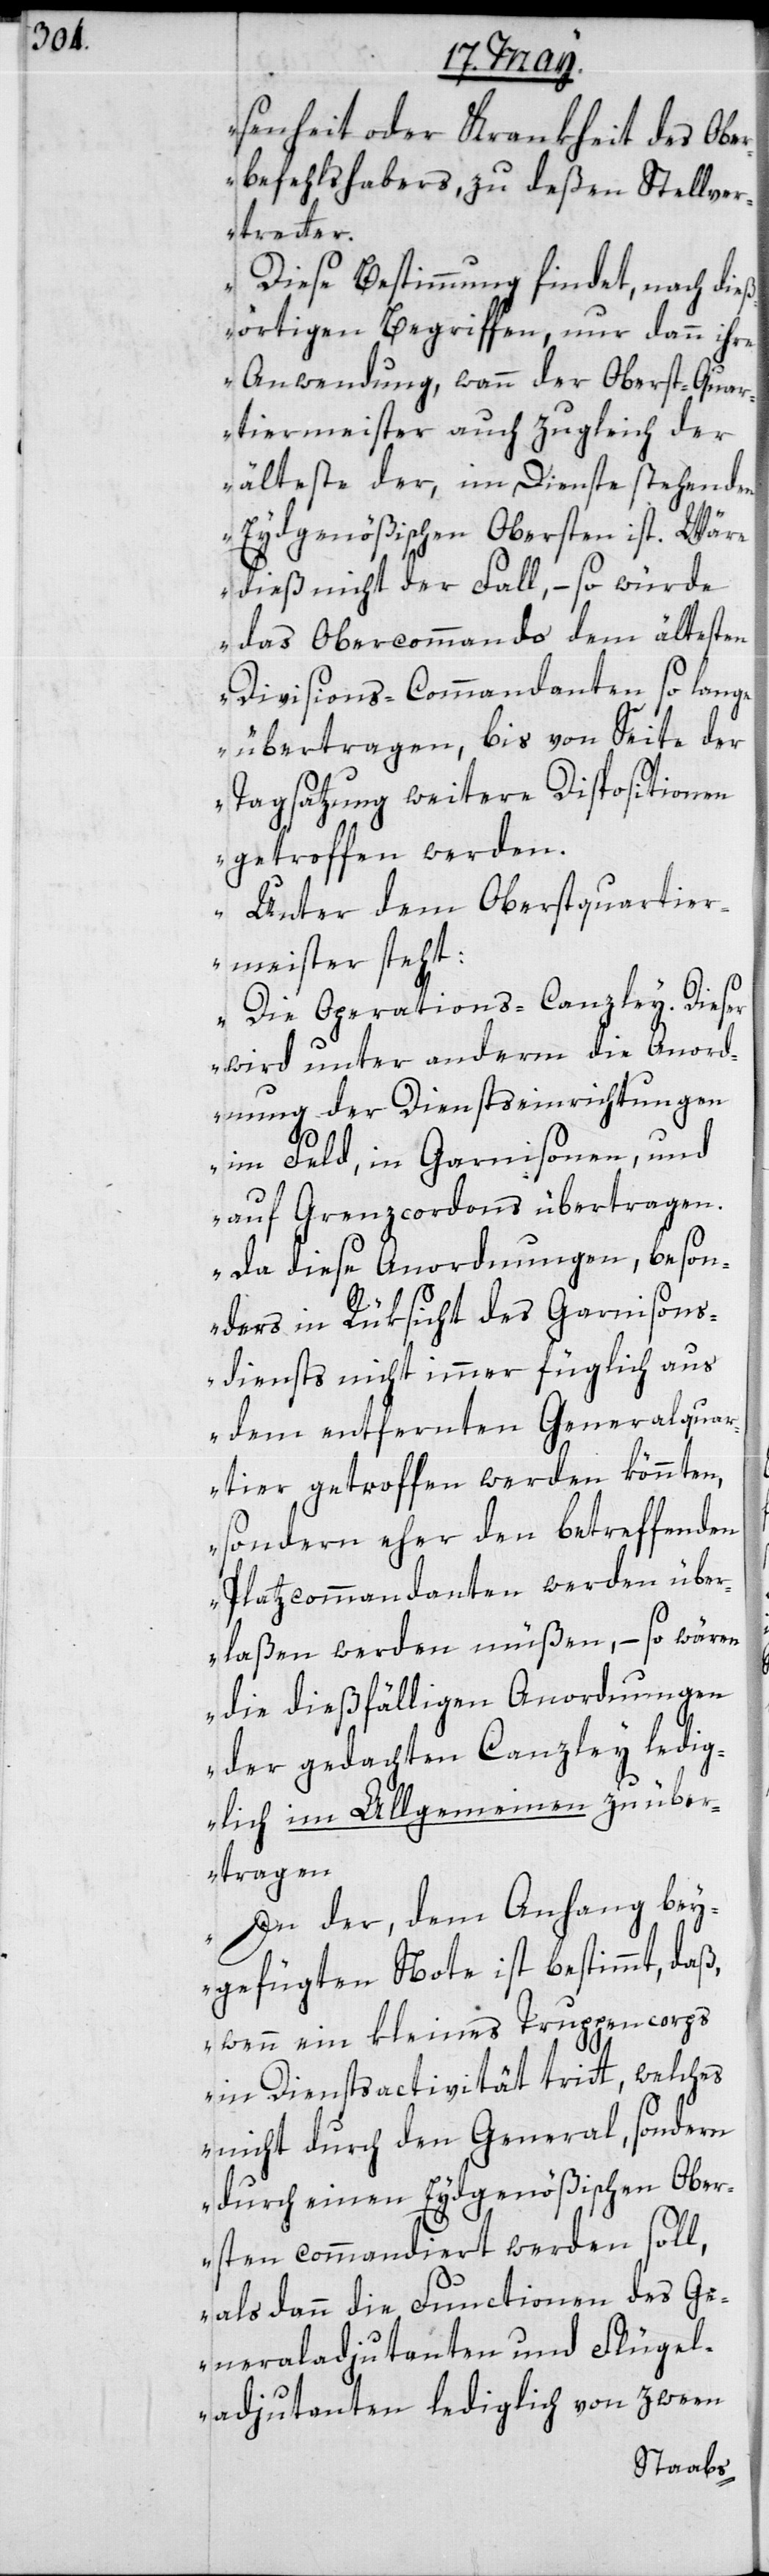
esenheit oder Krankheit des Obe¬
rbefehlshabers, zu deßen Stellver¬
treter.
Diese Bestimmung findet, nach die¬
ßörtigen Begriffen nur dann ihre
Anwendung, wann der Oberst-Quar¬
tiermeister auch zugleich der
älteste der, im Dienste stehenden
Eydgenößischen Obersten ist. Wäre
dieß nicht der Fall, – so würde
das Obercommando dem ältesten
Division-Commandanten so lange
übertragen, bis von Seite der
Tagsatzung weitere Dispositionen
getroffen werden.
Unter dem Oberstquartier¬
w¬
meister steht:
Die Operations-Canzley. Dieser
wird unter anderem die Anord¬
nung der Diensteinrichtungen
im Feld, in Garnisonen, und
auf Grenzcordons übertragen.
Da diese Anordnungen, beson¬
ders in Rüksicht des Garnison¬
sdiensts nicht immer füglich aus
dem entfernten Generalquar¬
tier getroffen werden könnten,
sondern eher den betreffenden
Platzcommandanten werden über¬
laßen werden müßen, – so wären
die dießfälligen Anordnungen
der gedachten Canzley ledig¬
lich im Allgemeinen zu über¬
tragen.
In der, dem Anhang bey¬
gefügten Note ist bestimmt, daß,
wenn ein kleines Truppencorps
in Dienstactivität tritt, welches
nicht durch den General, sondern
durch einen Eydgenößischen Ober¬
sten commandiert werden soll,
als dann die Functionen des Ge¬
neraladjutanten und Flügel¬
adjutanten lediglich von zween